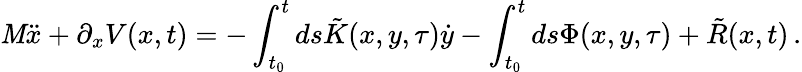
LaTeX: \mathit{M}\ddot{{x}}+\partial_{x}V(x,t)=-\int_{t_{0}}^{t}ds\tilde{{K}}(x,y,\tau)\dot{{y}}-\int_{t_{0}}^{t}ds\Phi(x,y,\tau)+\tilde{{R}}(x,t)\, .